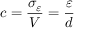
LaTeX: c = { \frac { \sigma _ { \varepsilon } } { V } } = { \frac { \varepsilon } { d } }